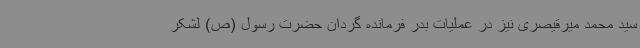
سید محمد میرقیصری نیز در عملیات بدر فرمانده گردان حضرت رسول (ص) لشکر